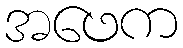
အဖေက